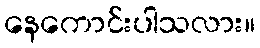
နေကောင်းပါသလား။